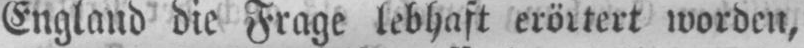
England die Frage lebhaft erörtert worden,